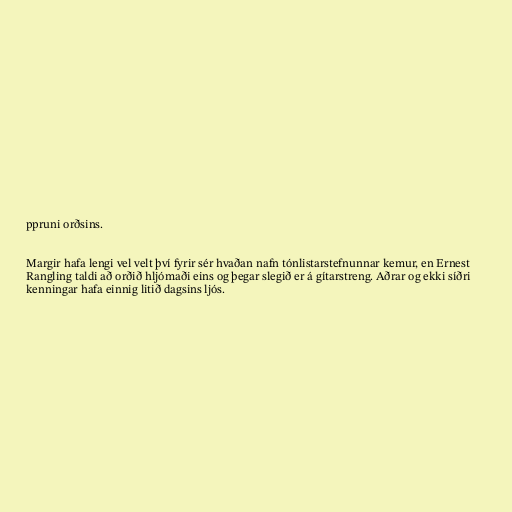
ppruni orðsins.

Margir hafa lengi vel velt því fyrir sér hvaðan nafn tónlistarstefnunnar kemur, en Ernest
Rangling taldi að orðið hljómaði eins og þegar slegið er á gítarstreng. Aðrar og ekki síðri
kenningar hafa einnig litið dagsins ljós.